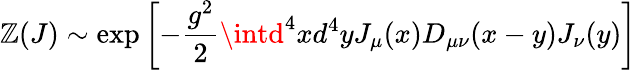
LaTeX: \mathbb{Z}(J)\sim\exp\left[-\frac{{g^{2}}}{{2}}\intd^{4}xd^{4}yJ_{\mu}(x)D_{\mu\nu}(x-y)J_{\nu}(y)\right]